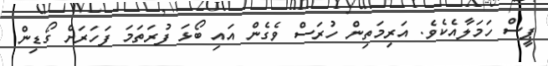
ޕީސް ހަމަލާއެކެވެ. އަރިމަތިން ހުރަސް ވެގެން އައި ބޯޅަ ފުރަތަމަ ފަހަރަށް ގޯޑިން